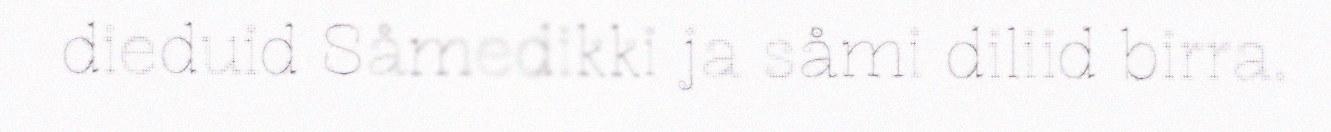
dieduid Såmedikki ja såmi diliid birra.